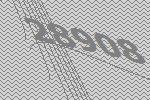
28908